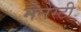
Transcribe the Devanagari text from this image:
मैनेस्टी